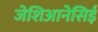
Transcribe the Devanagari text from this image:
जेशिआनेसिई